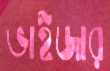
ভাইজার